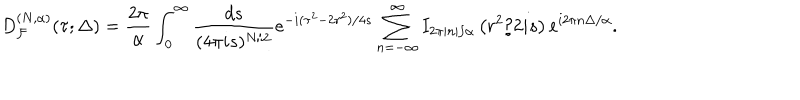
LaTeX: D _ { { \cal F } } ^ { ( N , \alpha ) } ( \tau ; \Delta ) = \frac { 2 \pi } { \alpha } \int _ { 0 } ^ { \infty } \frac { d s } { ( 4 \pi i s ) ^ { N / 2 } } e ^ { - i ( \tau ^ { 2 } - 2 r ^ { 2 } ) / 4 s } \sum _ { n = - \infty } ^ { \infty } I _ { 2 \pi | n | / \alpha } \left( r ^ { 2 } / 2 i s \right) e ^ { i 2 \pi n \Delta / \alpha } .